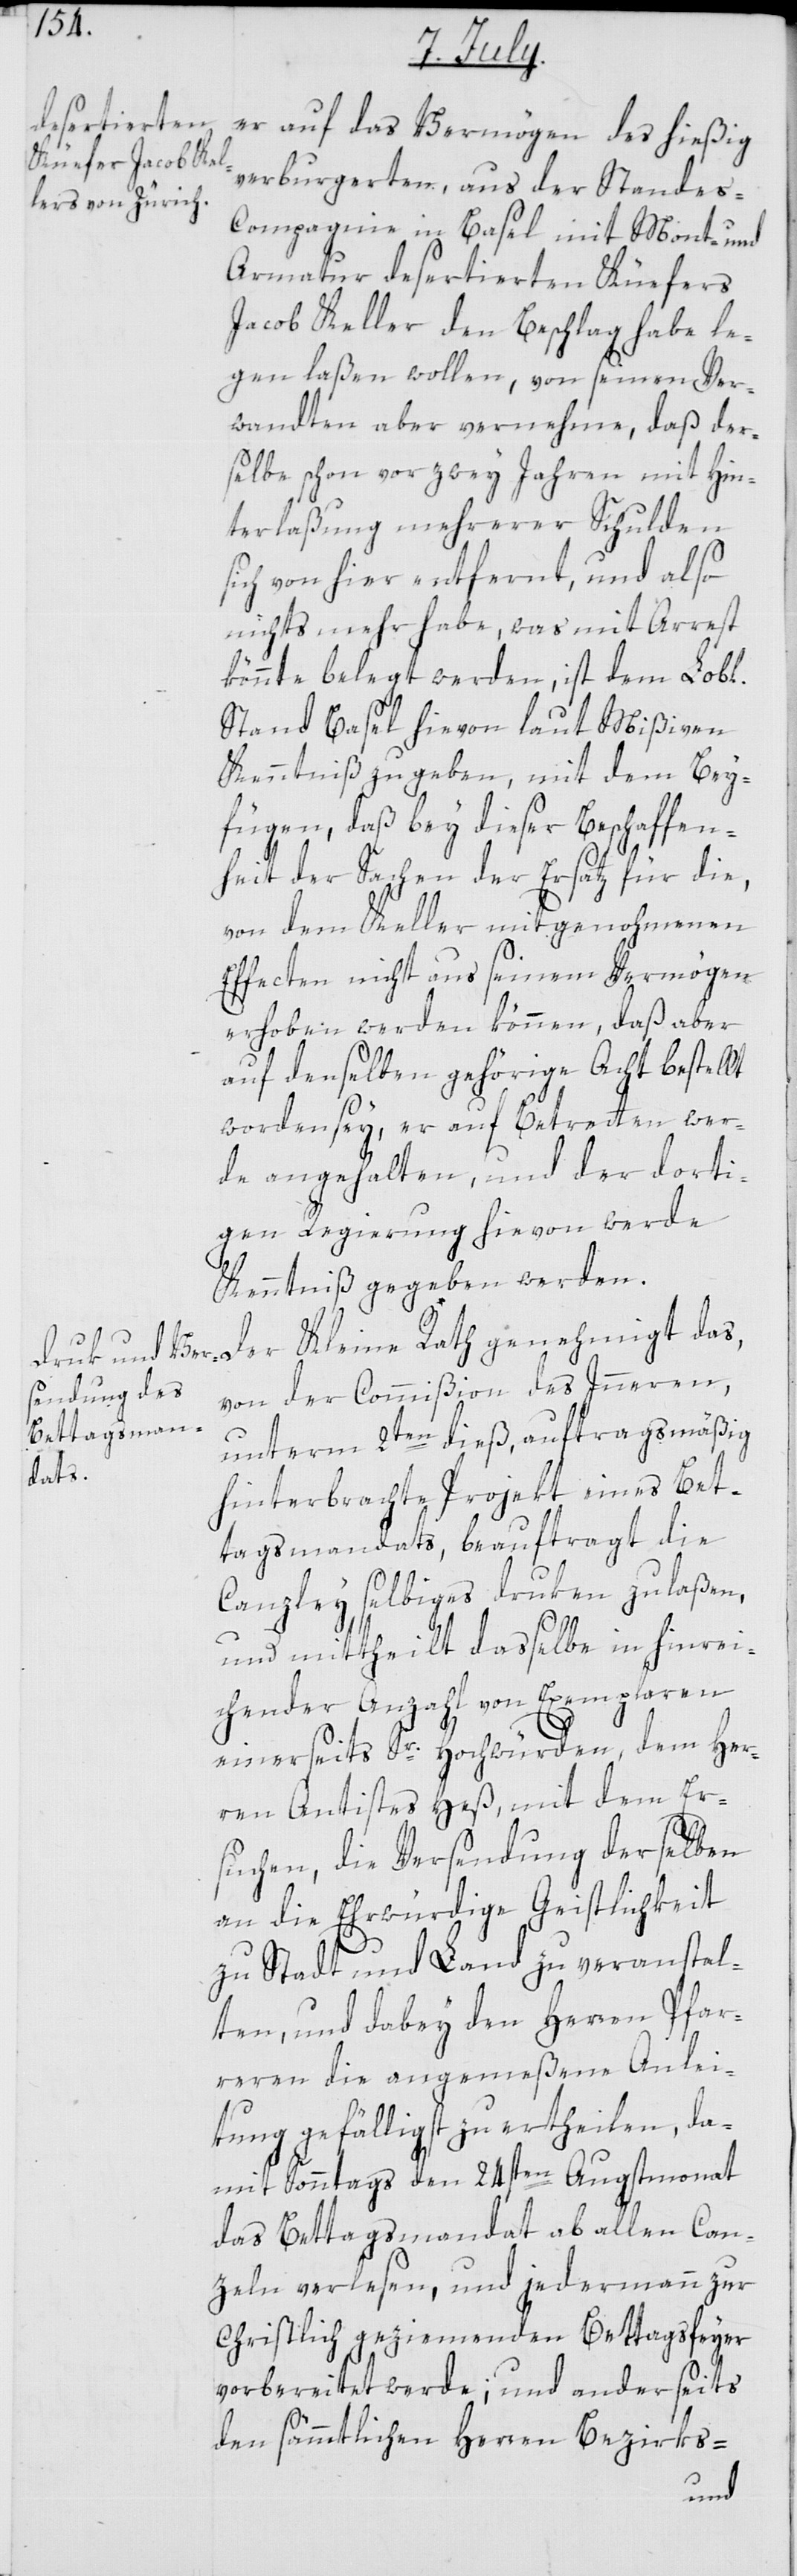
er auf das Vermögen des hießig
verburgerten, aus der Standes-C¬
ompagnie in Basel mit Mont- und
Armatur desertierten Küefers
Jacob Keller den Beschlag habe le¬
gen laßen wollen, von seinen Ver¬
wandten aber vernehme, daß der¬
selbe schon vor zwey Jahren mit Hin¬
terlaßung mehrerer Schulden
sich von hier entfernt, und also
nichts mehr habe, was mit Arrest
könnte belegt werden, ist dem Lobl.
Stand Basel hievon laut Mißiven
Kenntniß zu geben, mit dem Bey¬
fügen, daß bey dieser Beschaffen¬
heit der Sachen der Ersatz für die,
von dem Keller mitgenohmenen
Effecten nicht aus seinem Vermögen
erhoben werden können, daß aber
auf denselben gehörige Acht bestellt
worden sey, er auf Betretten wer¬
de angehalten, und der dorti¬
gen Regierung hievon werde
Kenntniß gegeben werden.
von der Commißion des Innern,
unterm 2ten dieß, auftragsmäßig
das,
hinterbrachte Projekt eines Bet¬
tagsmandats, beauftragt die
Canzley selbiges druken zulaßen,
und mittheilt dasselbe in hinrei¬
chender Anzahl von Exemplaren
einerseits Sr. Hochwürden, dem Her¬
ren Antistes Heß, mit dem Er¬
suchen, die Versendung derselben
an die Ehrwürdige Geistlichkeit
zu Stadt und Land zu veranstal¬
ten, und dabey den Herren Pfar¬
reren die angemeßene Anlei¬
tung gefälligst zu ertheilen, da¬
mit Sonntags den 24sten Augstmonat
das Bettagsmandat ab allen Can¬
zeln verlesen, und jedermann zur
christlich geziemenden Bettagsfeyer
vorbereitet werde; und anderseits
den sämtlichen Herren Bezirks-